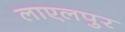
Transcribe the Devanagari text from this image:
लाएलपुर